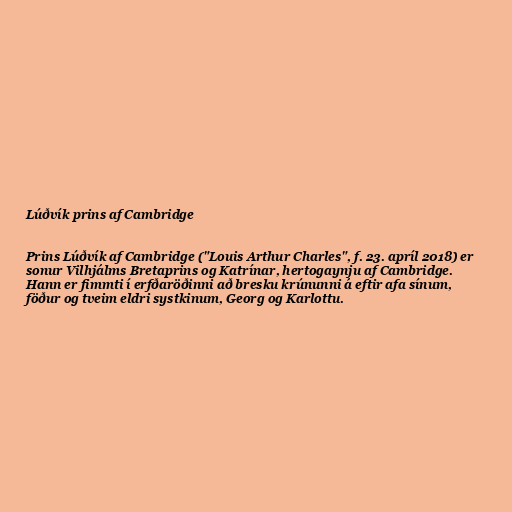
Lúðvík prins af Cambridge

Prins Lúðvík af Cambridge ("Louis Arthur Charles", f. 23. apríl 2018) er
sonur Vilhjálms Bretaprins og Katrínar, hertogaynju af Cambridge.
Hann er fimmti í erfðaröðinni að bresku krúnunni á eftir afa sínum,
föður og tveim eldri systkinum, Georg og Karlottu.